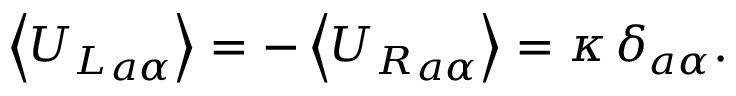
\left< { U _ { L } } _ { a \alpha } \right> = - \left< { U _ { R } } _ { a \alpha } \right> = \kappa \, \delta _ { a \alpha } .